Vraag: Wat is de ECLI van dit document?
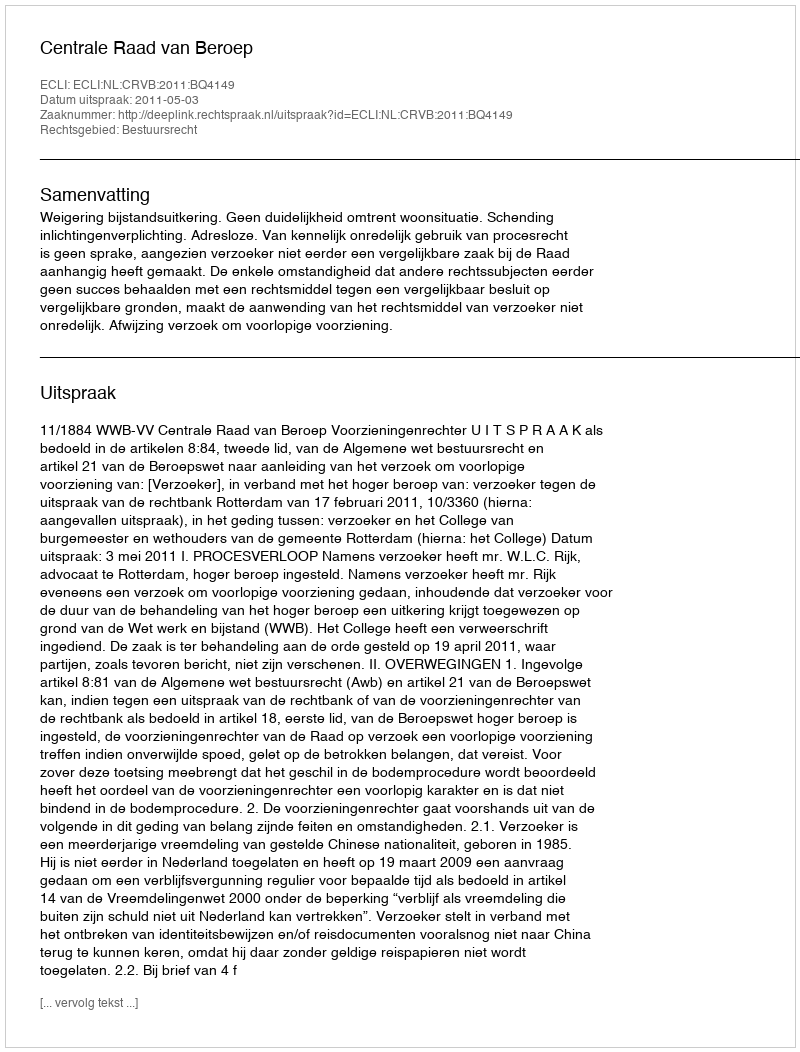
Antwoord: ECLI:NL:CRVB:2011:BQ4149